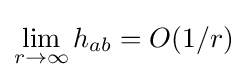
\lim _{r\rightarrow \infty }h_{ab}=O(1/r)